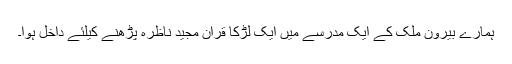
ہمارے بیرون ملک کے ایک مدرسے میں ایک لڑکا قرآن مجید ناظرہ پڑھنے کیلئے داخل ہوا۔